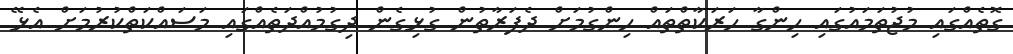
ގޮތެއްގައި މުޖުތަމައުގައި ހިންގާ ހަރަކާތްތައް ހިންގުމަށް ދެފަރާތުން ގުޅިގެން ދިގުމުއްދަތެއްގައި މަސައްކަތްކުރުމަށް އެޅޭ